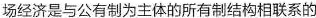
场经济是与公有制为主体的所有制结构相联系的